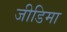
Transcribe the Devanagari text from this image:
जीडिमा